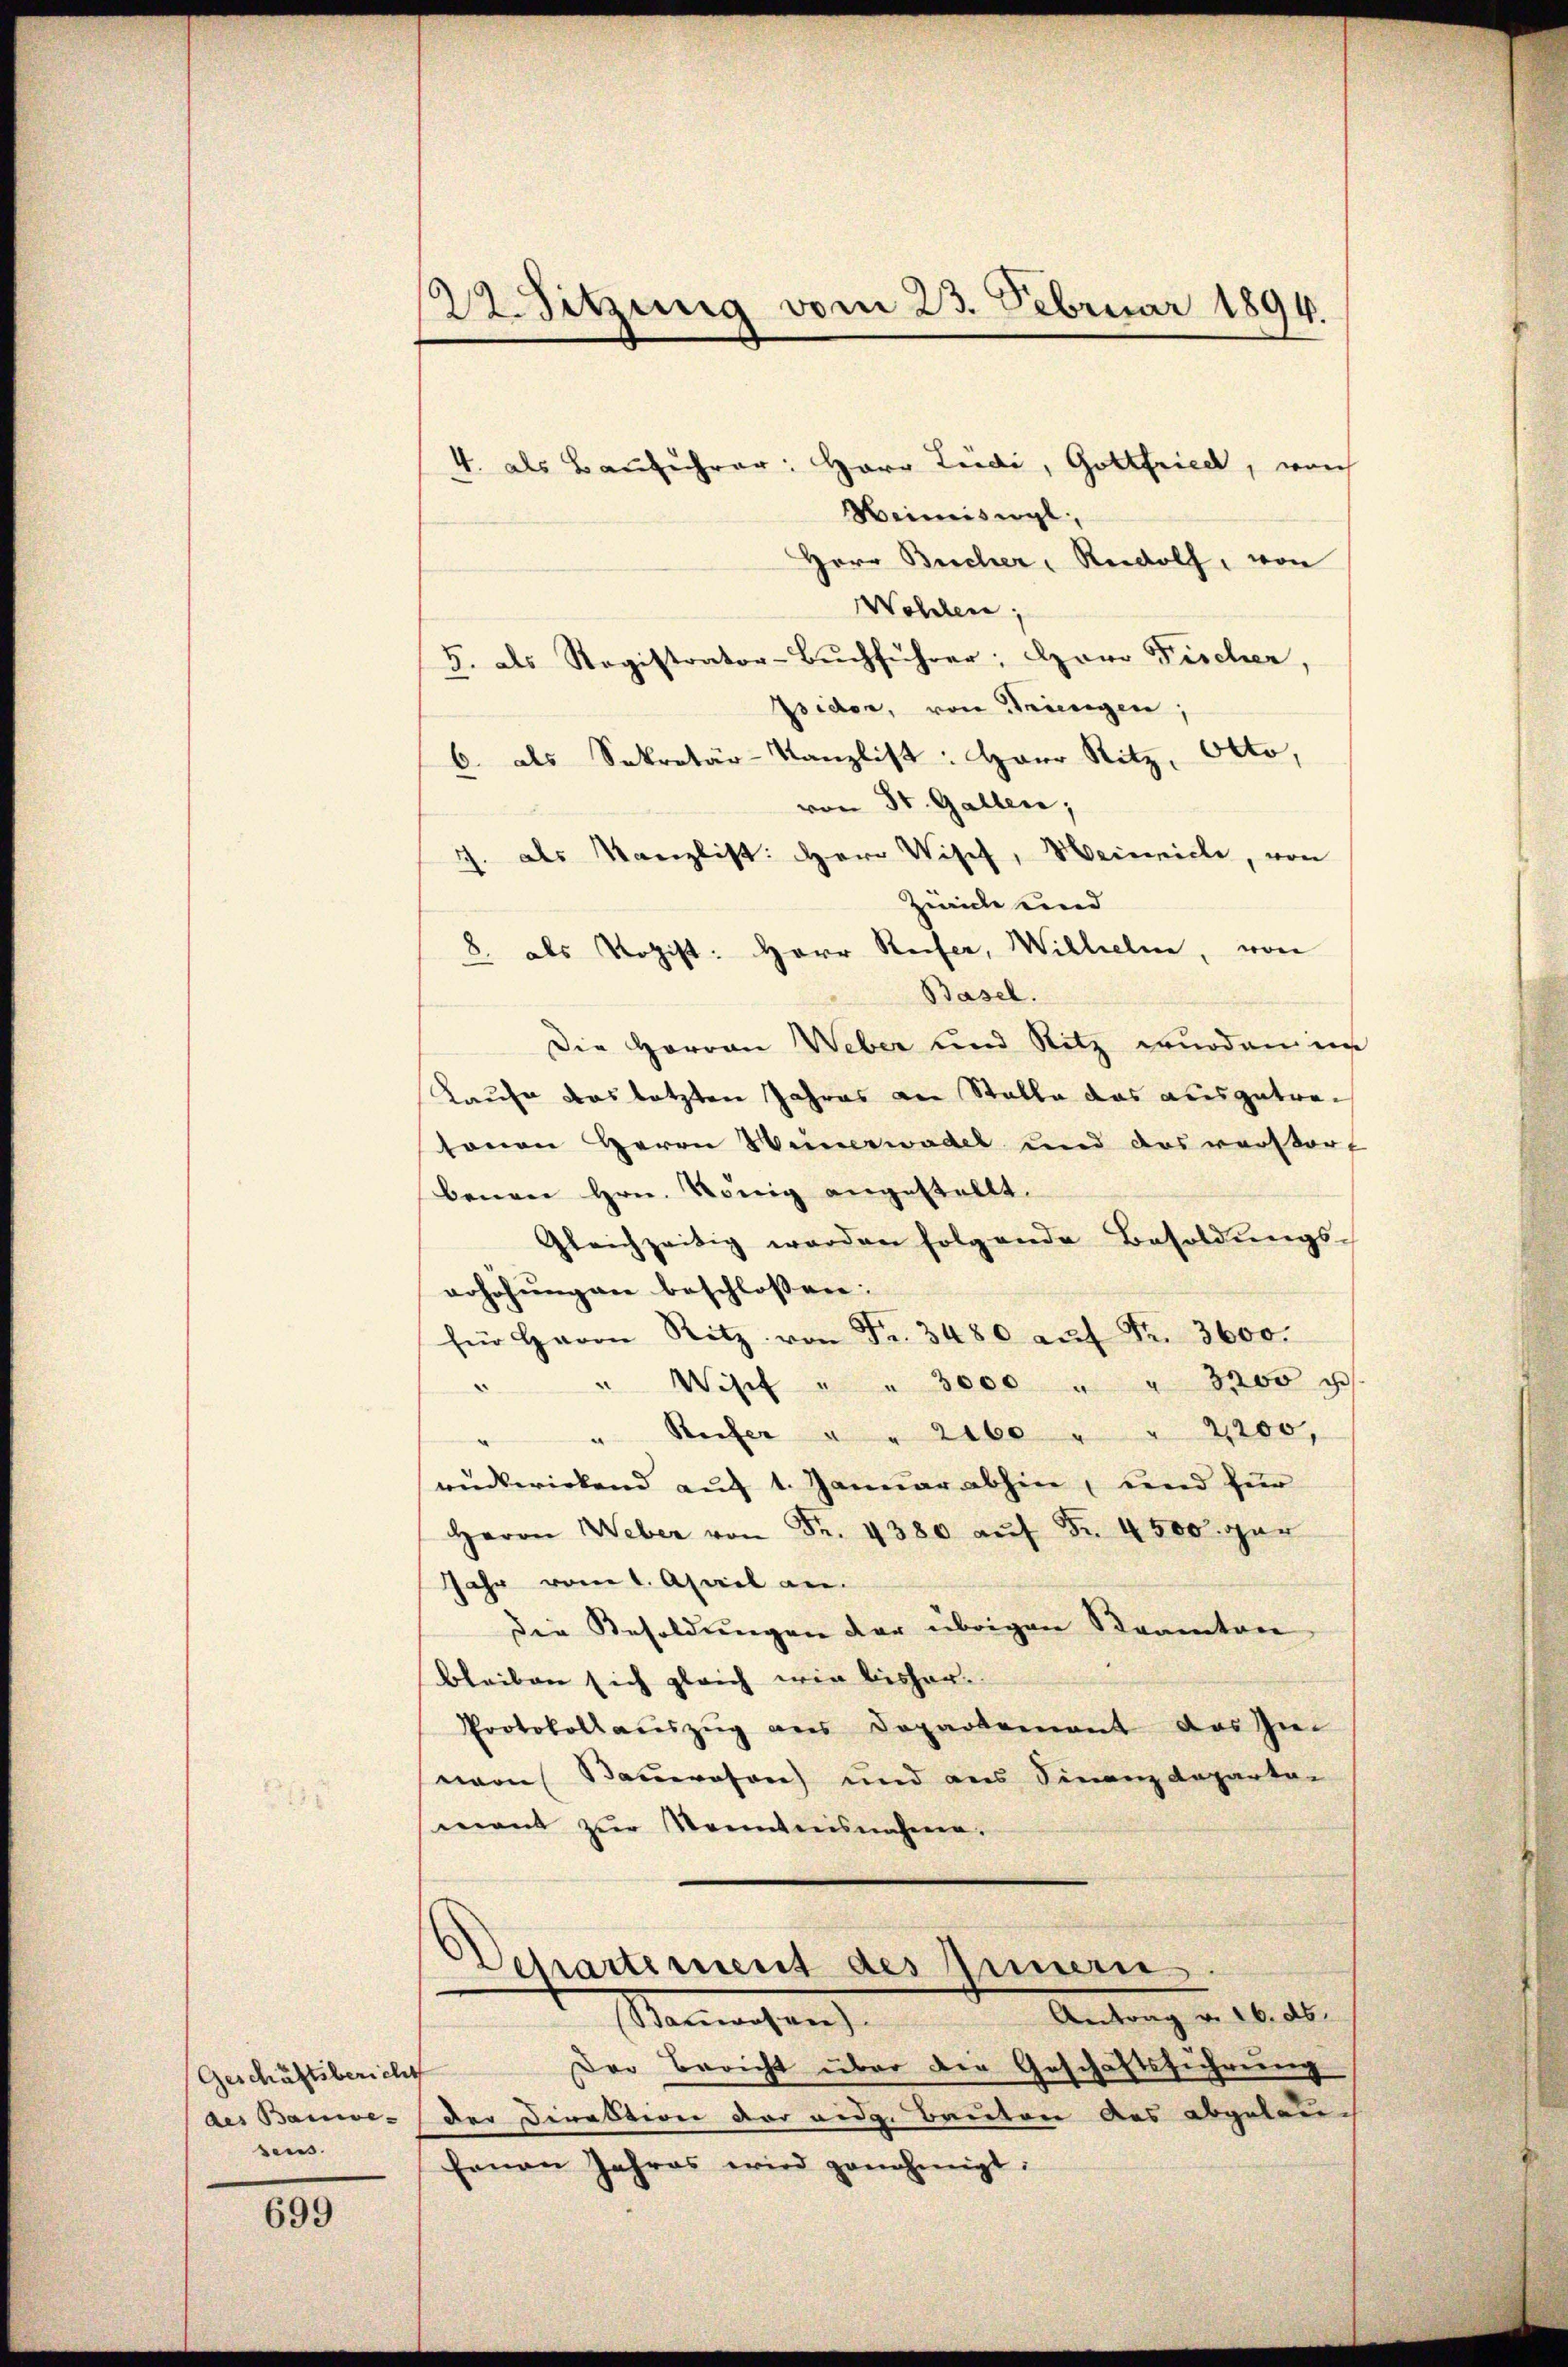
Geschäftsbericht
des Bauwe-
bens.

699

22. Sitzung vom 23. Februar 1894.

4. als Bauführer: Herr Leidi, Gottfried, nach
Beimisigl
Herr Bücher, Rudolf, von
Wohlen,
5. als Registrator-Buchführer; Herr Fischer,
Esiden, von Triengen;
6. als Sekretär-Kanzlist: Herr Ritz, Otto,
von St. Gallen;
J. als Kanzlist: Herr Wisef, Heinriche, von
Ziiche und
8. als Kopist: Herr Reifer, Wilhelm, von
Basel.
Die Herren Weber und Sitz wurden in
Laufe das letzten Jahres an Stalle das ausgetresonen Herrn Weinerwadel und das verstorf
benen Hrn. König angestellt.
Gleichzeitig werden folgende Besoldŭngs-
erhöhung an beschlossen:
für Herrn Ritz von Fr. 3480 aŭf Fr. 3600.
" " Wipf " " 3000 " " 3000 g
" Reifer " " 2160 " " 2,200,
rückwirkend auf 1. Januar abhin, und für
Herrn Weber von Fr. 4380 auf Fr. 4500. gar
Jahr vom 1. April an.
Die Besoldŭngen der übrigen Steamten
bleiben sich gleich wie bisher¬
Protokoll aŭszŭg ans Departenant das hie
mon Baueroson) und aus Finanzdeparta-
mant zŭr Kenntnisnahme.
Departement des Innern
Antrag v. 16. ds.
Sanwesen
Der Bericht über die Geschäftsführung
Der Direktion der eidg. Bauten des abgelan-
fenen Jahres wird genehmigt: